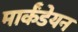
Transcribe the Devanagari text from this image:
मार्कंडेयन